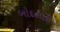
બોદલાઇ